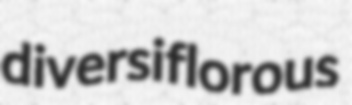
diversiflorous